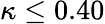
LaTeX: \kappa\leq 0.40